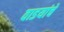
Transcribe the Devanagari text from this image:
वाडयांचे